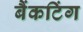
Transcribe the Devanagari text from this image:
बैंकटिंग